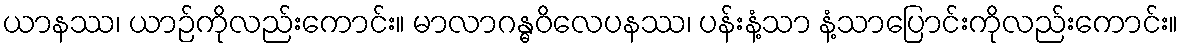
ယာနဿ၊ ယာဉ်ကိုလည်းကောင်း။ မာလာဂန္ဓဝိလေပနဿ၊ ပန်းနံ့သာ နံ့သာပြောင်းကိုလည်းကောင်း။